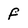
Character: F